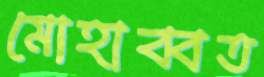
মোহাব্বত